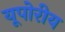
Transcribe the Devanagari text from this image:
यूपोरीय